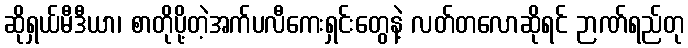
ဆိုရှယ်မီဒီယာ၊ စာတိုပို့တဲ့အက်ပလီကေးရှင်းတွေနဲ့ လတ်တလောဆိုရင် ဉာဏ်ရည်တု